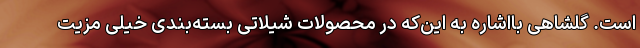
است. گلشاهی بااشاره به‌ این‌که در محصولات شیلاتی بسته‌بندی خیلی مزیت